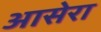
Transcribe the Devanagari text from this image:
आसेरा